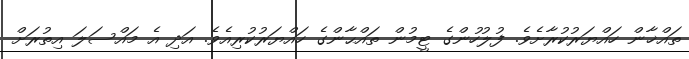
ތައްޚާން ހައްޔަރުކުރާށެވެ. ފުލުހުންގެ ޓީމުން ތައްޙާންގެ ހައްޔަރުކުރިއެވެ. އަދި އެ މައްސަލަ އިތުރަށް